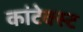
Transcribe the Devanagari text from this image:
कांटेक्स्ट